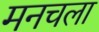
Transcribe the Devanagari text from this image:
मनचला